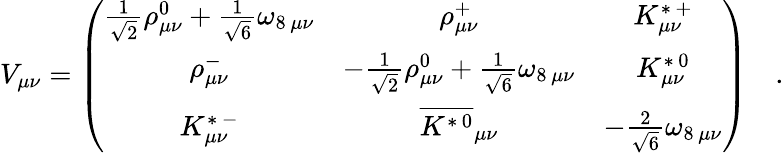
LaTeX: V_{\mu\nu}=\left(\begin{array}{ccc}{{\frac{1}{\sqrt{2}}\rho_{\mu\nu}^{0}+\frac{1}{\sqrt{6}}\omega_{8\, \mu\nu}}}&{{\rho_{\mu\nu}^{+}}}&{{K_{\mu\nu}^{\ast\, +}}}\\ {{\rho_{\mu\nu}^{-}}}&{{-\frac{1}{\sqrt{2}}\rho_{\mu\nu}^{0}+\frac{1}{\sqrt{6}}\omega_{8\, \mu\nu}}}&{{K_{\mu\nu}^{\ast\, 0}}}\\ {{K_{\mu\nu}^{\ast\, -}}}&{{\overline{{{K^{\ast\, 0}}}}_{\mu\nu}}}&{{-\frac{2}{\sqrt{6}}\omega_{8\, \mu\nu}}}\end{array}\right)\quad.